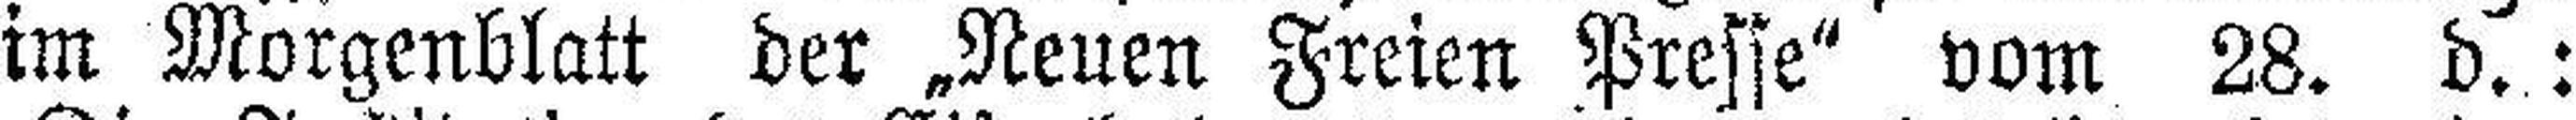
im Morgenblatt der „Neuen Freien Presse" vom 28. d. :